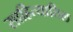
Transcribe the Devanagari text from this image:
साहित्यातिल